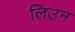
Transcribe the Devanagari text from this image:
लिउन